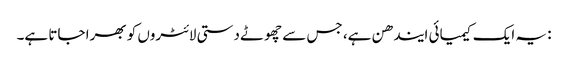
: یہ ایک کیمیائی ایندھن ہے، جس سے چھوٹے دستی لائٹروں کو بھرا جاتا ہے۔